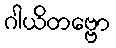
ဂါယိတဗ္ဗော